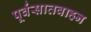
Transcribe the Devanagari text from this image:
पूर्वंसातवाहन